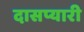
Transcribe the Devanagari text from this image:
दासप्यारी